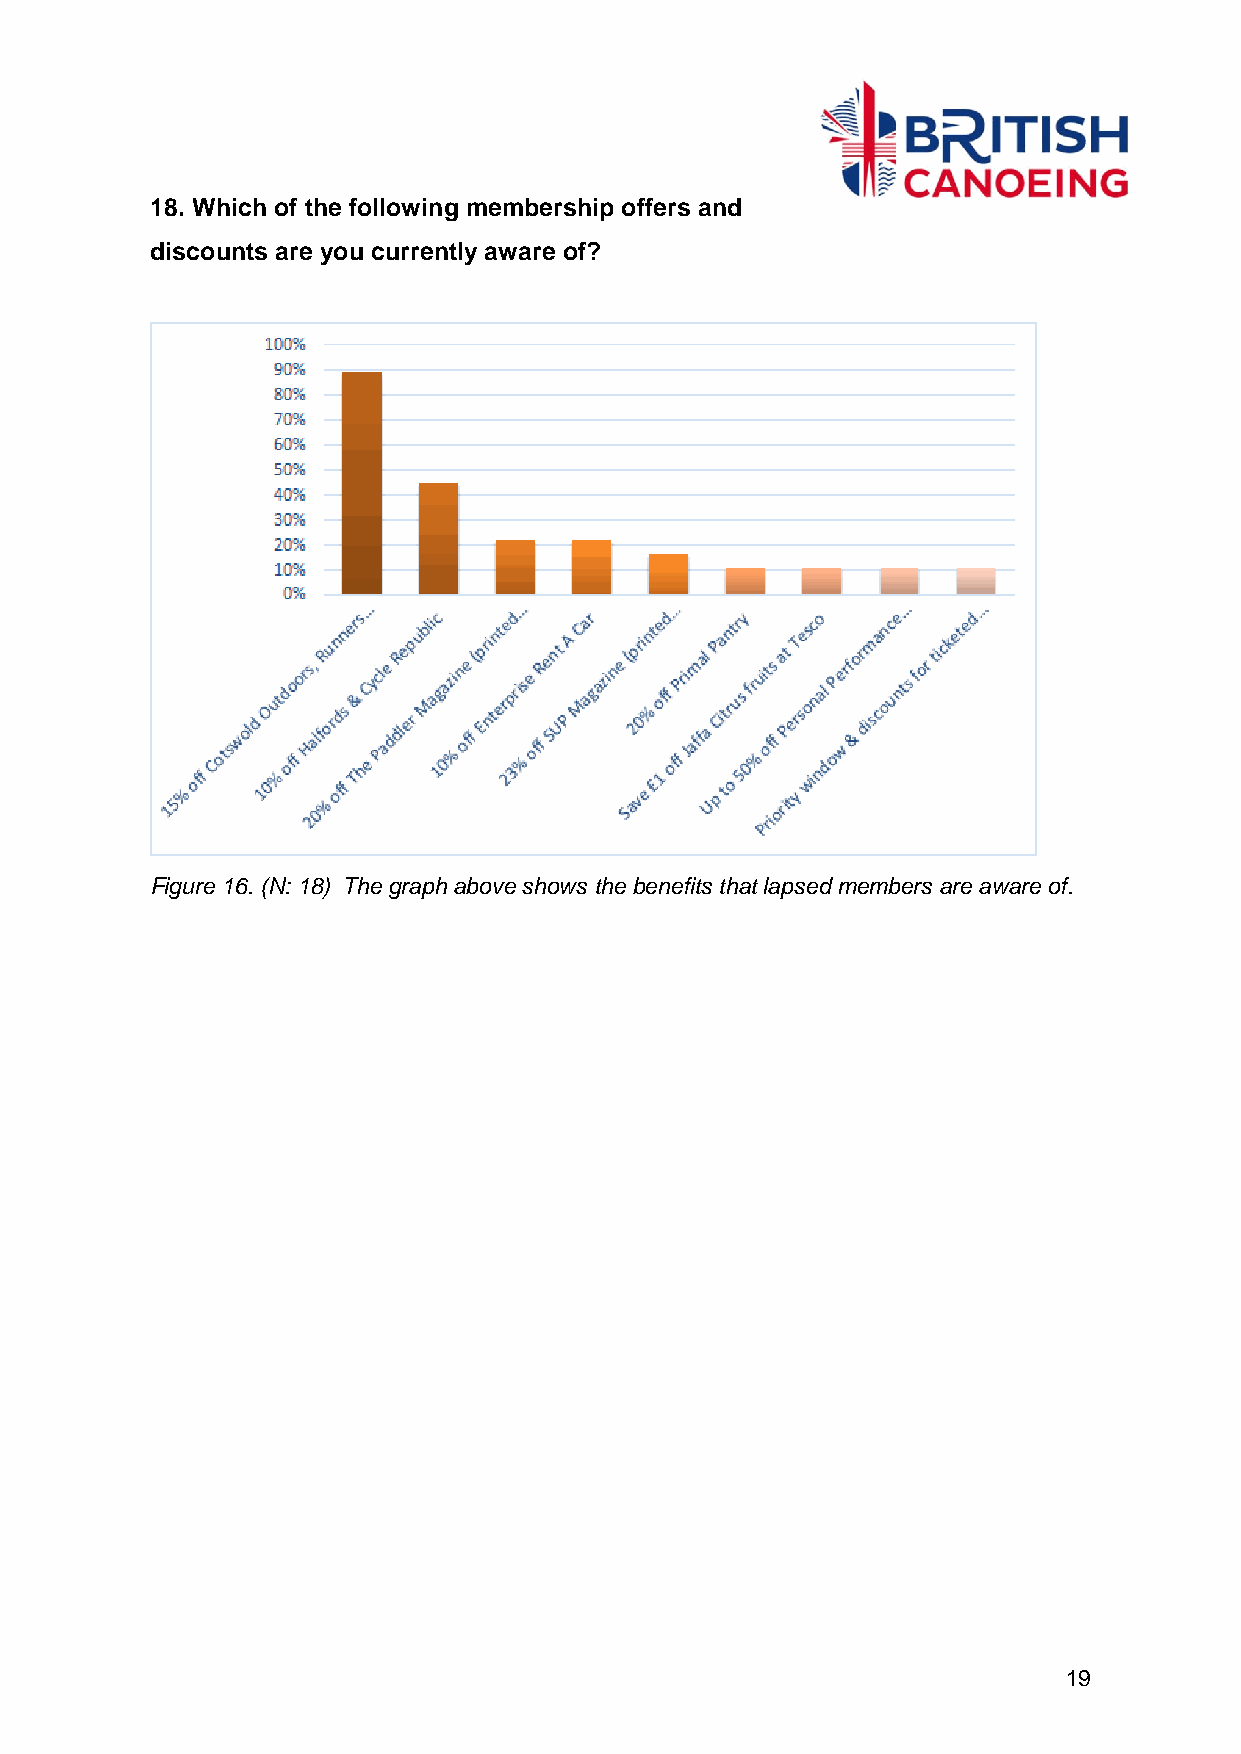
18. Which of the following membership offers and
 discounts are you currently aware of?
 Figure 16. (N: 18) The graph above shows the benefits that lapsed members are aware of.
 19